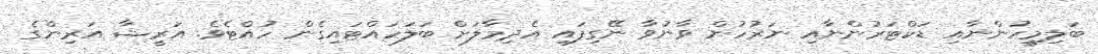
ބަލިމީހުންނާއި ޑަކްޓަރުންނާއި ނަރުހުން ވާނުވާ ނޭގިފައި އެދިމާލަށް ބަލަހައްޓައިގެން ހުއްޓެވެ. އަރީޝާ އަރިންގެ